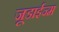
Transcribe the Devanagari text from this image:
जूडाईज्म